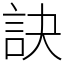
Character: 訣